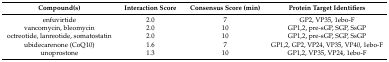
<table><thead><tr><td><b>Compound(s)</b></td><td><b>Interaction Score</b></td><td><b>Consensus Score (min)</b></td><td><b>Protein Target Identifiers</b></td></tr></thead><tbody><tr><td>enfuvirtide</td><td>2.0</td><td>7</td><td>GP2, VP35, 1ebo-F</td></tr><tr><td>vancomycin, bleomycin</td><td>2.0</td><td>10</td><td>GP1,2, pre-sGP, SGP, SsGP</td></tr><tr><td>octreotide, lanreotide, somatostatin</td><td>2.0</td><td>10</td><td>GP1,2, pre-sGP, SGP, SsGP</td></tr><tr><td>ubidecarenone (CoQ10)</td><td>1.6</td><td>7</td><td>GP1,2, GP2, VP24, VP35, VP40, 1ebo-F</td></tr><tr><td>unoprostone</td><td>1.3</td><td>10</td><td>GP1,2, VP35, VP24, 1ebo-F</td></tr></tbody></table>